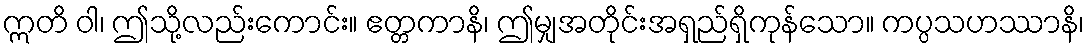
ဣတိ ဝါ၊ ဤသို့လည်းကောင်း။ ဧတ္တကာနိ၊ ဤမျှအတိုင်းအရှည်ရှိကုန်သော။ ကပ္ပသဟဿာနိ၊